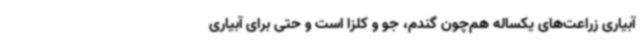
آبیاری زراعت‌های یکساله هم‌چون گندم، جو و کلزا است و حتی برای آبیاری